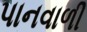
પાનવાળી